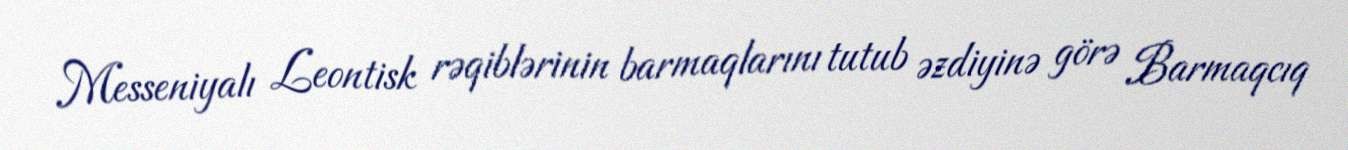
Messeniyalı Leontisk rəqiblərinin barmaqlarını tutub əzdiyinə görə Barmaqcıq